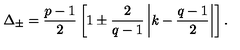
\Delta _ { \pm } = { \frac { p - 1 } { 2 } } \left[ 1 \pm { \frac { 2 } { q - 1 } } \left| k - { \frac { q - 1 } { 2 } } \right| \right] .